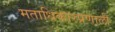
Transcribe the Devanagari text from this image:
मताधिकारप्रणाली